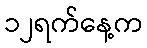
၁၂ရက်နေ့က